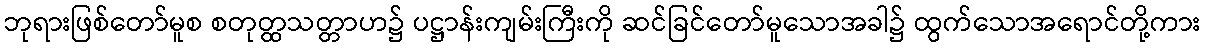
ဘုရားဖြစ်တော်မူစ စတုတ္ထသတ္တာဟ၌ ပဋ္ဌာန်းကျမ်းကြီးကို ဆင်ခြင်တော်မူသောအခါ၌ ထွက်သောအရောင်တို့ကား